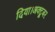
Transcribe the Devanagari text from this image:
दिया।अक्टूबर